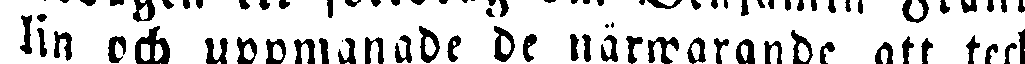
lin och uppmanade de närwarande att teck-